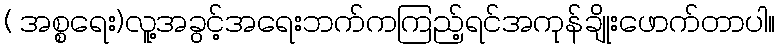
( အစ္စရေး)လူ့အခွင့်အရေးဘက်ကကြည့်ရင်အကုန်ချိုးဖောက်တာပါ။